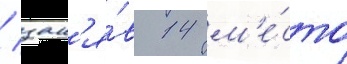
/ зан'я́в 14 м'е́сто